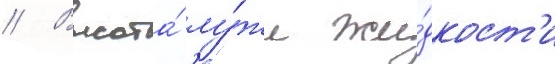
// Высота́ лу́жи жи́дкост'и